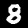
Label: 8